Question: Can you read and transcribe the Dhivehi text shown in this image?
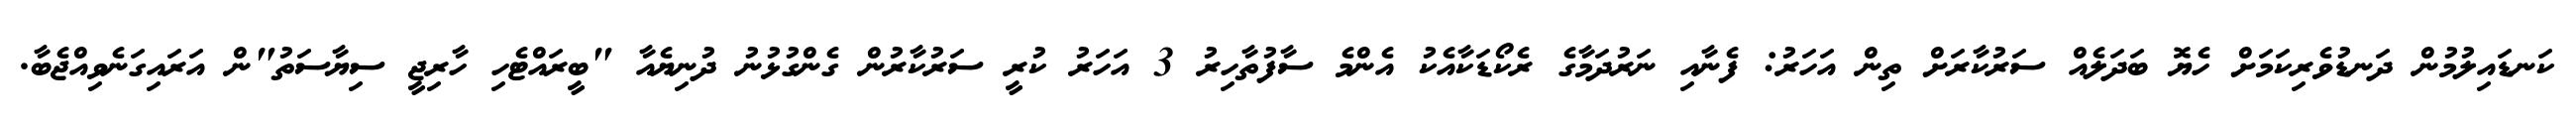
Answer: ކަނޑައިލުމުން ދަނޑުވެރިކަމަށް ހެޔޮ ބަދަލެއް ސަރުކާރަށް ތިން އަހަރު: ފެނާއި ނަރުދަމާގެ ރެކޯޑަކާއެކު އެންމެ ސާފުތާހިރު 3 އަހަރު ކުރީ ސަރުކާރުން ގެންގުޅުނު ދުނިޔެއާ "ބީރައްޓެހި ހާރިޖީ ސިޔާސަތު"ން އަރައިގަނެވިއްޖެބާ.